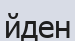
йден